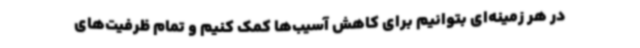
در هر زمینه‌ای بتوانیم برای کاهش آسیب‌ها کمک کنیم و تمام ظرفیت‌های